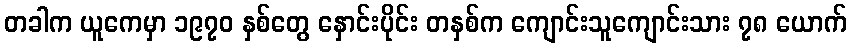
တခါက ယူကေမှာ ၁၉၇၀ နှစ်တွေ နှောင်းပိုင်း တနှစ်က ကျောင်းသူကျောင်းသား ၇၈ ယောက်